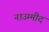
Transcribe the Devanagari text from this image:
नाउम्मीद